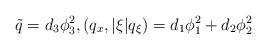
LaTeX: \begin{align*}\tilde q = d_3 \phi_3^2, (q_x, |\xi| q_\xi) = d_1 \phi_1^2 + d_2 \phi_2^2\end{align*}